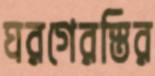
ঘরগেরস্তির